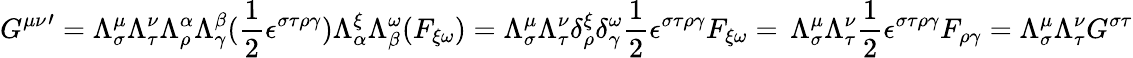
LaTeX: {G^{\mu\nu}}^{\prime}=\Lambda_{\sigma}^{\mu}\Lambda_{\tau}^{\nu}\Lambda_{\rho}^{\alpha}\Lambda_{\gamma}^{\beta}(\frac{1}{2}\epsilon^{\sigma\tau\rho\gamma})\Lambda_{\alpha}^{\xi}\Lambda_{\beta}^{\omega}(F_{\xi\omega})=\Lambda_{\sigma}^{\mu}\Lambda_{\tau}^{\nu}\delta_{\rho}^{\xi}\delta_{\gamma}^{\omega}\frac{1}{2}\epsilon^{\sigma\tau\rho\gamma}F_{\xi\omega}=\, \Lambda_{\sigma}^{\mu}\Lambda_{\tau}^{\nu}\frac{1}{2}\epsilon^{\sigma\tau\rho\gamma}F_{\rho\gamma}=\Lambda_{\sigma}^{\mu}\Lambda_{\tau}^{\nu}G^{\sigma\tau}